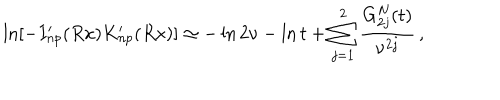
\ln \left[ - I _ { n p } ^ { \prime } ( R x ) K _ { n p } ^ { \prime } ( R x ) \right] \simeq - \ln 2 \nu - \ln t + \sum _ { j = 1 } ^ { 2 } \frac { G _ { 2 j } ^ { N } ( t ) } { \nu ^ { 2 j } } \, { , }